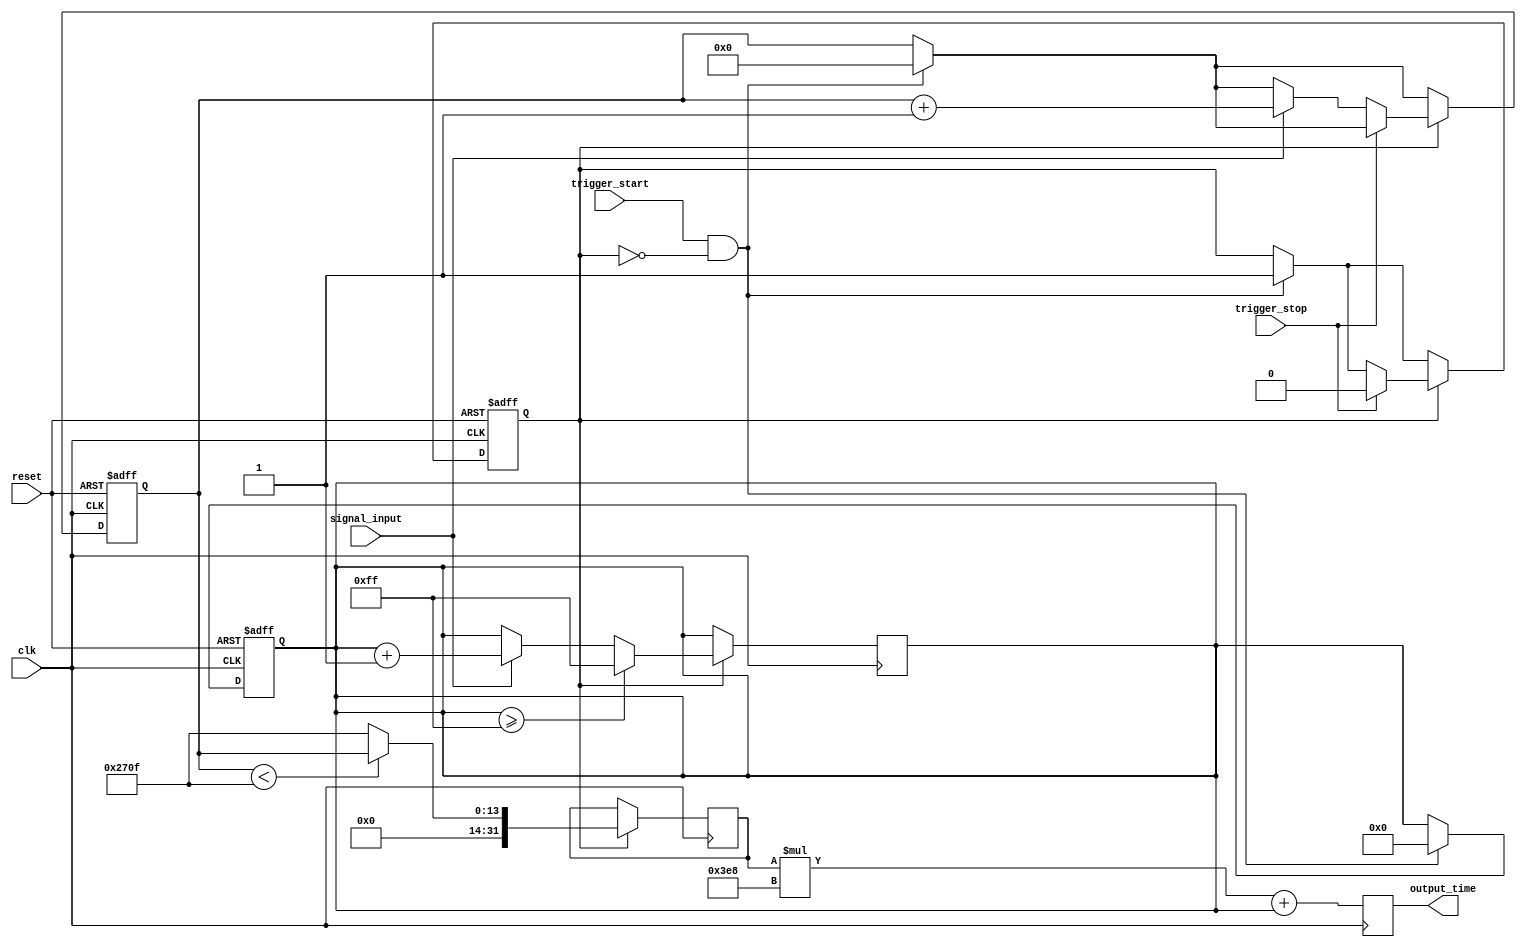
module tdc (
    input wire clk,                  // System Clock
    input wire reset,                // Reset signal
    input wire trigger_start,        // Signal to start measurement
    input wire trigger_stop,         // Signal to stop measurement
    input wire signal_input,         // Input signal to measure
    output reg [31:0] output_time    // Digital output for measured time
);

// Parameters
parameter COARSE_MAX = 9999;      // Maximum coarse count (for example, 10 us at 1 ns clock)
parameter FINE_MAX = 255;          // Maximum fine count (for example, 256 clock cycles for fine measurements)

// Internal signals
reg [13:0] coarse_counter;         // Coarse time counter
reg [7:0] fine_counter;            // Fine time counter
reg [31:0] coarse_time;            // Coarse time measured in ns
reg [31:0] fine_time;              // Fine time measured in sub-ns
reg [31:0] time_measurements [0:15]; // Memory for time measurements (16 slots)

// State variables
reg measuring;
reg [3:0] measurement_index;       // Index for memory storage

// Input stage: Trigger mechanism
always @(posedge clk or posedge reset) begin
    if (reset) begin
        measuring <= 0;
        coarse_counter <= 0;
        fine_counter <= 0;
        measurement_index <= 0;
    end else begin
        if (trigger_start && !measuring) begin
            measuring <= 1;
            coarse_counter <= 0;
            fine_counter <= 0;
            measurement_index <= 0;
        end
        
        if (measuring) begin
            if (trigger_stop) begin
                measuring <= 0;
                time_measurements[measurement_index] <= coarse_time + fine_time; // Store measurement
                measurement_index <= measurement_index + 1; // Go to next index
                if (measurement_index == 15) measurement_index <= 0; // Wrap around
            end else begin
                if (signal_input) begin
                    coarse_counter <= coarse_counter + 1;
                end
            end
        end
    end
end

// Coarse Time Measurement
always @(posedge clk) begin
    if (measuring) begin
        if (coarse_counter < COARSE_MAX) begin
            coarse_time <= coarse_counter; // Update coarse time
        end else begin
            coarse_time <= COARSE_MAX; // Maxed out
        end
    end
end

// Fine Time Measurement (simple simulation)
always @(posedge clk) begin
    if (measuring) begin
        if (signal_input) begin
            fine_counter <= fine_counter + 1; // Increment fine counter
        end
        if (fine_counter >= FINE_MAX) begin
            fine_counter <= FINE_MAX; // Cap at maximum
        end
    end
end

// Combine coarse and fine time
always @(posedge clk) begin
    output_time <= coarse_time * 1000 + fine_counter; // Convert from ns to sub-nanoseconds
end

endmodule